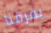
يفرقنا